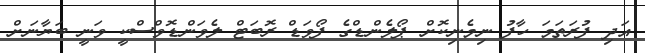
އަދި ފުރަތަމަ ހާފު ނިމެނިކޮށް ޕޯލެންޑްގެ ފޯވަޑް ރޮބަޓް ލެވަންޑޮވްސްކީ ވަނީ ބަޔާނަށް